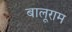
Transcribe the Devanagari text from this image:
बालूराम